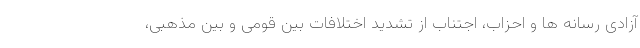
آزادی رسانه ها و احزاب، اجتناب از تشدید اختلافات بین قومی و بین مذهبی،